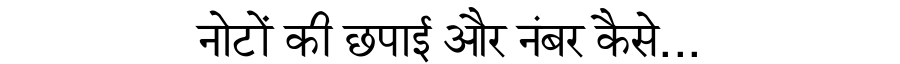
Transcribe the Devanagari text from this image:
नोटों की छपाई और नंबर कैसे...